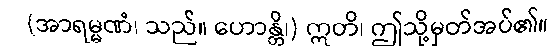
(အာရမ္မဏံ၊ သည်။ ဟောန္တိ၊) ဣတိ၊ ဤသို့မှတ်အပ်၏။